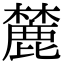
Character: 麓